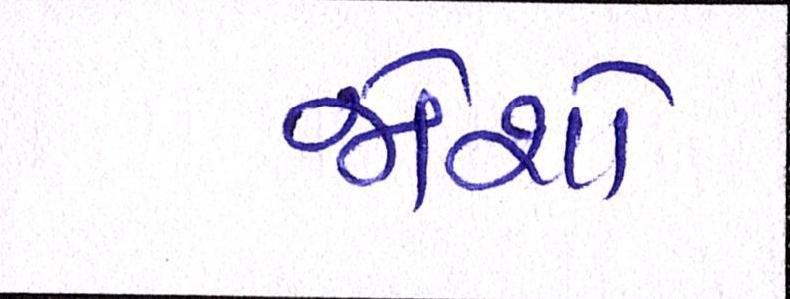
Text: જોશો